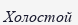
Холостой